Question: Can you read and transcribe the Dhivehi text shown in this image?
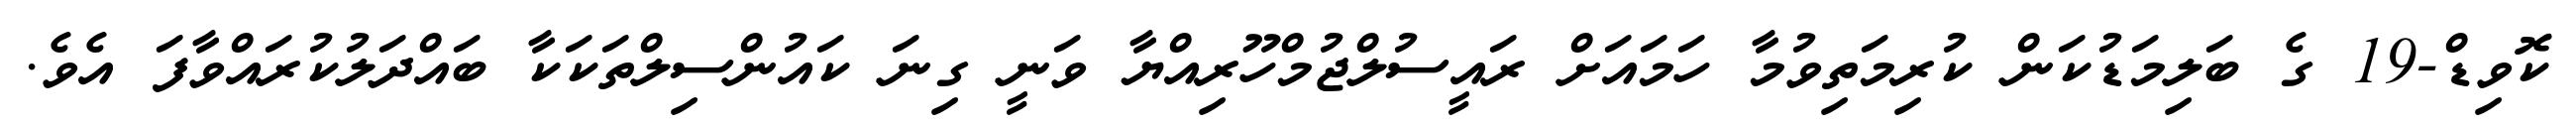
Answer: ކޮވިޑް-19 ގެ ބަލިމަޑުކަން ކުރިމަތިވުމާ ހަމައަށް ރައީސުލްޖުމްހޫރިއްޔާ ވަނީ ގިނަ ކައުންސިލްތަކަކާ ބައްދަލުކުރައްވާފަ އެވެ.